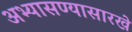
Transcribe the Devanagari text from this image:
अभ्यासण्यासारखे